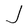
Character: J